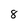
Character: 8